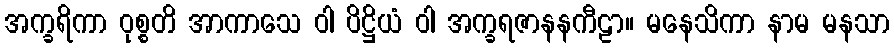
အက္ခရိကာ ဝုစ္စတိ အာကာသေ ဝါ ပိဋ္ဌိယံ ဝါ အက္ခရဇာနနကီဠာ။ မနေသိကာ နာမ မနသာ